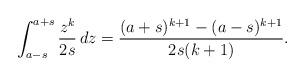
LaTeX: \begin{align*} \int_{a-s}^{a+s} \frac{z^k}{2s} \, dz = \frac{(a+s)^{k+1}-(a-s)^{k+1}}{2s (k+1)}.\end{align*}